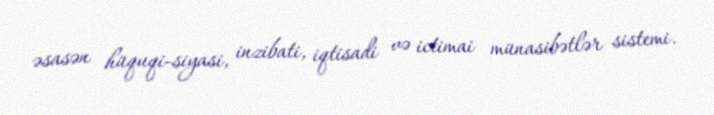
əsasən hüquqi-siyasi, inzibati, iqtisadi və ictimai münasibətlər sistemi.